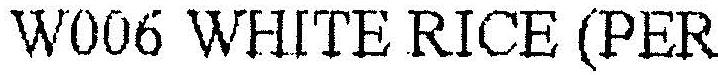
W006 WHITE RICE (PER